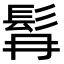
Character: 髥